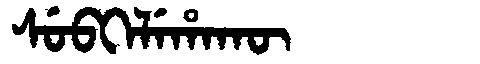
Manchu: ᠰᡠᠪᡴᡝᠯᡝᡥᠠᡴᡡ
Romanization: SUBKELEHAKŪ